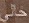
خالي